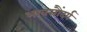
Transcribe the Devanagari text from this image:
भावसौंदर्य